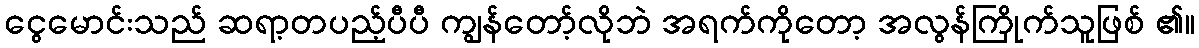
ငွေမောင်းသည် ဆရာ့တပည့်ပီပီ ကျွန်တော့်လိုဘဲ အရက်ကိုတော့ အလွန်ကြိုက်သူဖြစ် ၏။